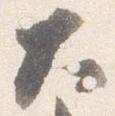
大